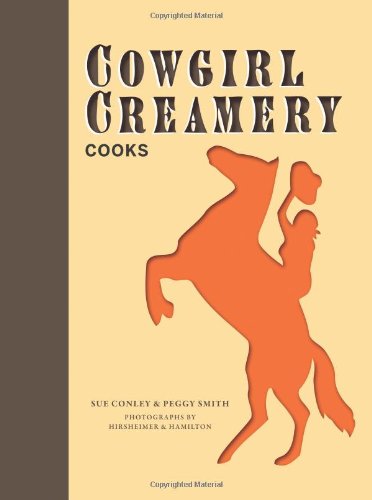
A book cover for Cowgirl Creamery Cooks; Sue Conley; Cookbooks, Food & Wine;